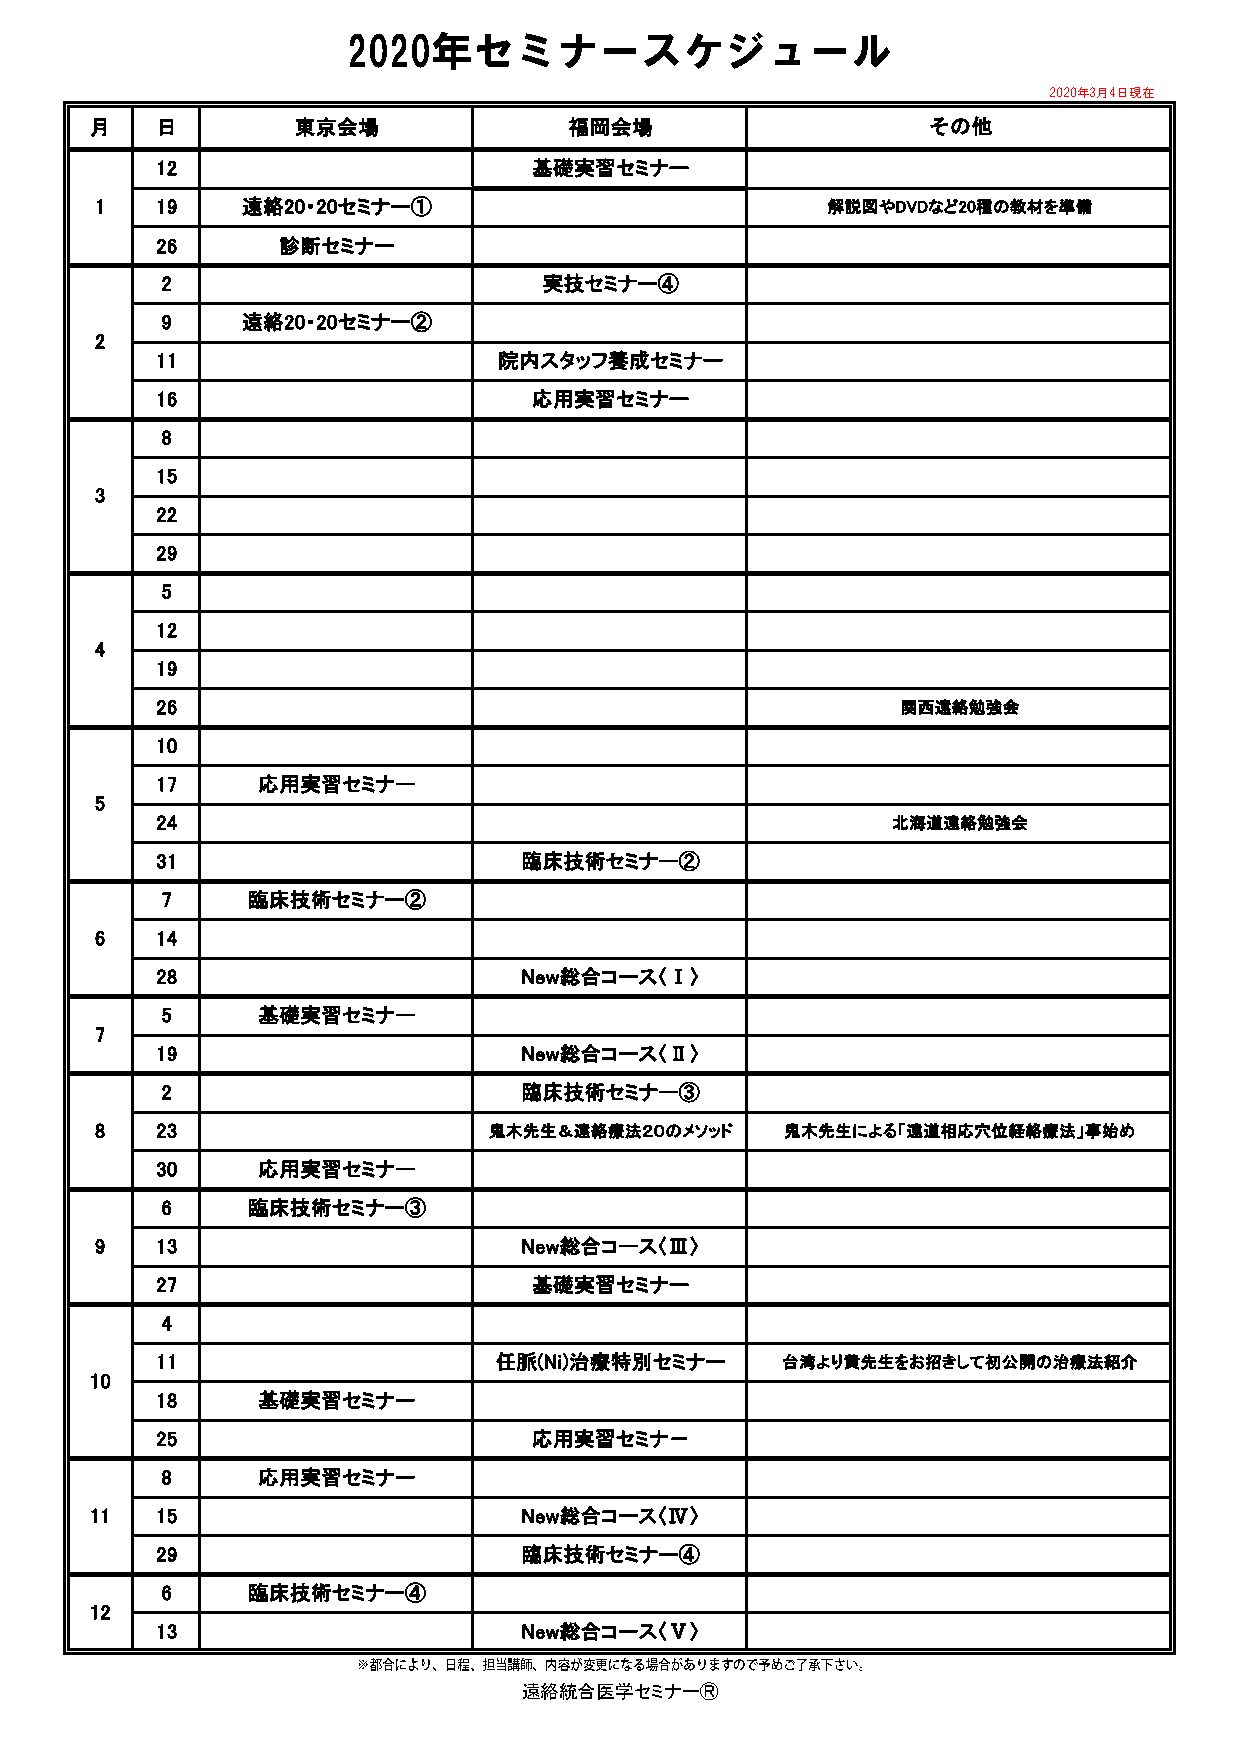
2020年セミナースケジュール
 2020年3月4日現在
 月   日        東京会場               福岡会場                   その他
 12                       基礎実習セミナー
 1   19    遠絡20・20セミナー①                           解説図やDVDなど20種の教材を準備
 26      診断セミナー
 2                        実技セミナー④
 9    遠絡20・20セミナー②
 2
 11                     院内スタッフ養成セミナー
 16                       応用実習セミナー
 8
 15
 3
 22
 29
 5
 12
 4
 19
 26                                                関西遠絡勉強会
 10
 17     応用実習セミナー
 5
 24                                               北海道遠絡勉強会
 31                       臨床技術セミナー②
 7    臨床技術セミナー②
 6   14
 28                       New総合コース〈Ⅰ〉
 5     基礎実習セミナー
 7
 19                       New総合コース〈Ⅱ〉
 2                       臨床技術セミナー③
 8   23                    鬼木先生＆遠絡療法２０のメソッド    鬼木先生による「遠道相応穴位経絡療法」事始め
 30     応用実習セミナー
 6    臨床技術セミナー③
 9   13                       New総合コース〈Ⅲ〉
 27                       基礎実習セミナー
 4
 11                     任脈(Ni)治療特別セミナー     台湾より黄先生をお招きして初公開の治療法紹介
 10
 18     基礎実習セミナー
 25                       応用実習セミナ－
 8     応用実習セミナー
 11  15                       New総合コース〈Ⅳ〉
 29                       臨床技術セミナー④
 6    臨床技術セミナー④
 12
 13                       New総合コース〈Ⅴ〉
 遠絡統合医学セミナーⓇ